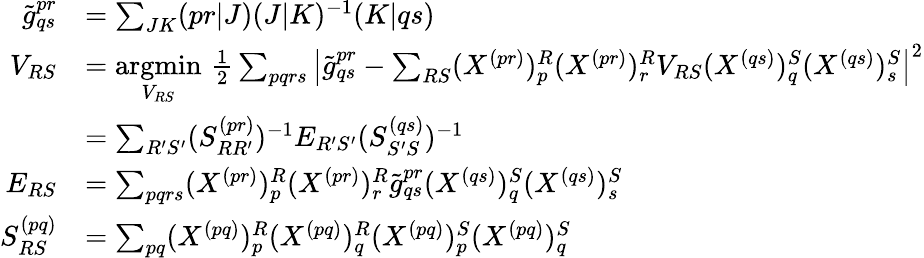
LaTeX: \begin{array}{rl}{\tilde{g}_{qs}^{pr}}&{=\sum_{JK}(pr|J)(J|K)^{-1}(K|qs)}\\ {V_{RS}}&{=\underset{V_{RS}}{\operatorname{argmin}}\, \frac{1}{2}\sum_{pqrs}\left|\tilde{g}_{qs}^{pr}-\sum_{RS}(X^{(pr)})_{p}^{R}(X^{(pr)})_{r}^{R}V_{RS}(X^{(qs)})_{q}^{S}(X^{(qs)})_{s}^{S}\right|^{2}}\\ &{=\sum_{R^{\prime}S^{\prime}}(S_{RR^{\prime}}^{(pr)})^{-1}E_{R^{\prime}S^{\prime}}(S_{S^{\prime}S}^{(qs)})^{-1}}\\ {E_{RS}}&{=\sum_{pqrs}(X^{(pr)})_{p}^{R}(X^{(pr)})_{r}^{R}\tilde{g}_{qs}^{pr}(X^{(qs)})_{q}^{S}(X^{(qs)})_{s}^{S}}\\ {S_{RS}^{(pq)}}&{=\sum_{pq}(X^{(pq)})_{p}^{R}(X^{(pq)})_{q}^{R}(X^{(pq)})_{p}^{S}(X^{(pq)})_{q}^{S}}\end{array}